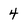
Character: 4